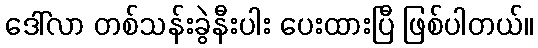
ဒေါ်လာ တစ်သန်းခွဲနီးပါး ပေးထားပြီ ဖြစ်ပါတယ်။